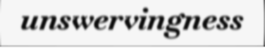
unswervingness